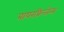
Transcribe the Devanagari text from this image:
बायरफ्रिन्जेन्स